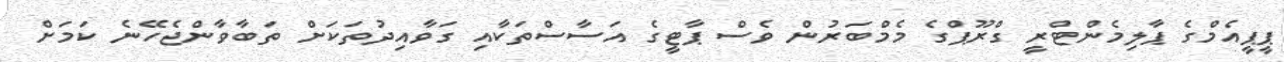
ޕީޕީއެމްގެ ޕާލިމެންޓްރީ ގްރޫޕްގެ މެމްބަރުން ވެސް ޕާޓީގެ އަސާސްތަކާއި ގަވާއިދުތަކަށް ތަބާވާންޖެހޭނެ ކަމަށް